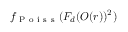
f _ { \mathrm { ~ P ~ o ~ i ~ s ~ s ~ } } ( F _ { d } ( O ( r ) ) ^ { 2 } )